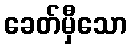
ခေတ်မှီသော